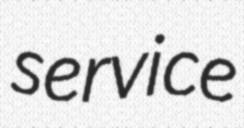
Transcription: service